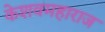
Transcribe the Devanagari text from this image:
केशवमहाराज